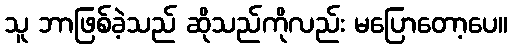
သူ ဘာဖြစ်ခဲ့သည် ဆိုသည်ကိုလည်း မပြောတော့ပေ။